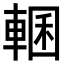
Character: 𮝜